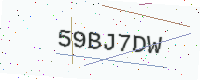
Text: 59BJ7DW